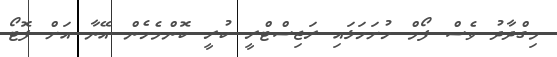
މިގްދާދު ވެސް ފޯމް ހުށަހަޅައި ރަޖިސްޓްރީ ކުރީ ކޮންމެހެން އޭނާ އަށް ފޮޓޯ